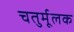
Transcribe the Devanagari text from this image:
चतुर्मूलक